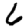
Digit: 6